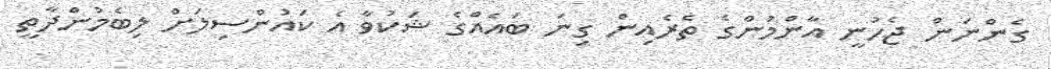
ގެންނަން ޖެހުނީ އާންމުންގެ ތެރެއިން ގިނަ ބައެއްގެ ޝަކުވާ އެ ކައުންސިލަށް ލިބެމުންދާތީ